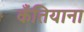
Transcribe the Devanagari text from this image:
कँतियाना